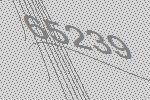
65239